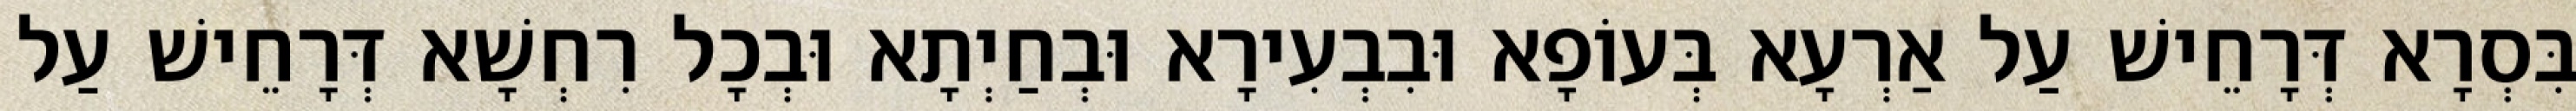
בִּסְרָא דְּרָחֵישׁ עַל אַרְעָא בְּעוֹפָא וּבִבְעִירָא וּבְחַיְתָא וּבְכָל רִחְשָׁא דְּרָחֵישׁ עַל